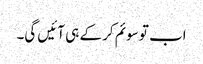
اب تو سوئم کر کے ہی آئیں گی۔